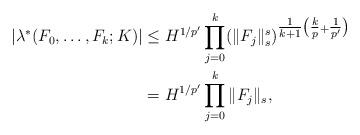
LaTeX: \begin{align*}|\lambda^*( F_0, \dots, F_k; K )|&\leq H^{1/p'} \prod_{j=0}^k ( \| F_j \|_s^s )^{ \tfrac{1}{k+1} \big( \tfrac{k}{p} + \tfrac{1}{p'} \big) } \\&= H^{1/p'} \prod_{j=0}^k \| F_j \|_s,\end{align*}